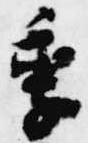
季